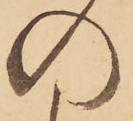
の